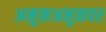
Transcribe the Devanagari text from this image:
अमुकअमुकवर